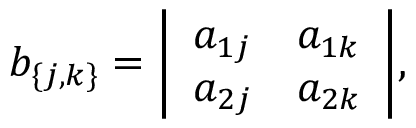
b _ { \{ j , k \} } = { \left| \begin{array} { l l } { a _ { 1 j } } & { a _ { 1 k } } \\ { a _ { 2 j } } & { a _ { 2 k } } \end{array} \right| } ,